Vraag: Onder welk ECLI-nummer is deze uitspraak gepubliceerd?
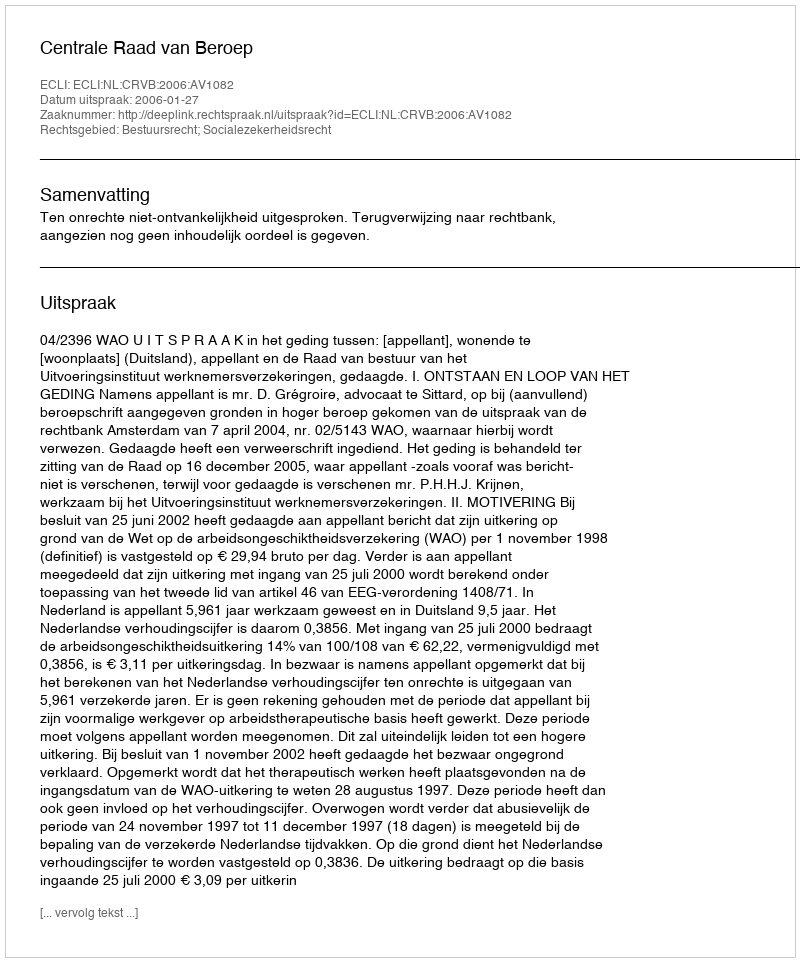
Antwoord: ECLI:NL:CRVB:2006:AV1082